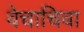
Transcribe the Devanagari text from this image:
वेचाचिवा